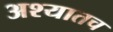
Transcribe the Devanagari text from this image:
अश्यातच